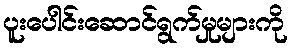
ပူးပေါင်းဆောင်ရွက်မှုများကို